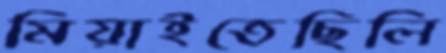
মিয়াইতেছিলি